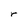
Character: r